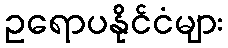
ဥရောပနိုင်ငံများ